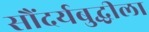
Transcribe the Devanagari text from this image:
सौंदर्यबुद्धीला